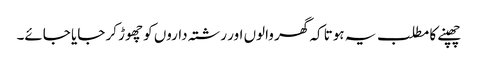
چھپنے کا مطلب یہ ہوتا کہ گھر والوں اور رشتہ داروں کو چھوڑ کر جایا جائے۔